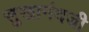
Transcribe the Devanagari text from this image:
सुखानंदजी